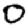
Digit: 0